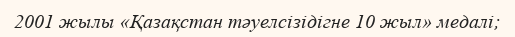
2001 жылы «Қазақстан тәуелсізідігне 10 жыл» медалі;